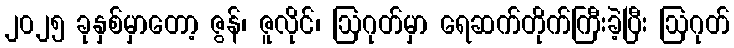
၂၀၂၅ ခုနှစ်မှာတော့ ဇွန်၊ ဇူလိုင်၊ ဩဂုတ်မှာ ရေဆက်တိုက်ကြီးခဲ့ပြီး ဩဂုတ်